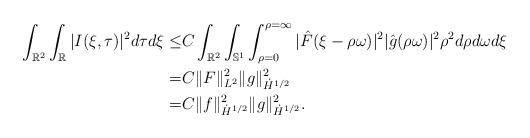
LaTeX: \begin{align*}\int_{\mathbb{R}^2} \int_{\mathbb{R}} |I(\xi,\tau)|^2 d\tau d\xi \leq &C \int_{\mathbb{R}^2} \int_{\mathbb{S}^1} \int_{\rho = 0}^{\rho = \infty} |\hat{F}(\xi-\rho \omega)|^2 |\hat{g}(\rho \omega)|^2 \rho^2 d\rho d\omega d\xi \\=& C \|F\|_{L^2}^2 \|g\|_{\dot{H}^{1/2}}^2 \\=& C \|f\|_{\dot{H}^{1/2}}^2 \|g\|_{\dot{H}^{1/2}}^2.\end{align*}